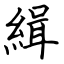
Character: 緝